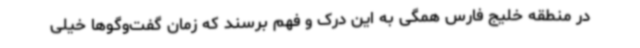
در منطقه خلیج فارس همگی به این درک و فهم برسند که زمان گفت‌وگوها خیلی